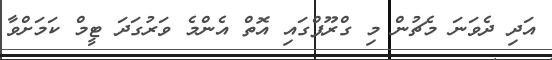
އަދި ދެވަނަ މެޗުން މި ގްރޫޕްގައި އޮތް އެންމެ ވަރުގަދަ ޓީމް ކަމަށްވާ